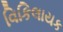
વિકિલાયક